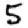
Digit: 5